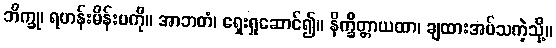
ဘိက္ခု၊ ရဟန်းမိန်းမကို။ အာဘတံ၊ ရှေးရှုဆောင်၍။ နိက္ခိတ္တာယထာ၊ ချထားအပ်သကဲ့သို့။